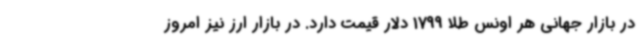
در بازار جهانی هر اونس طلا 1799 دلار قیمت دارد. در بازار ارز نیز امروز